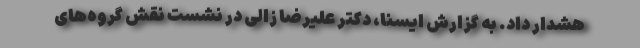
هشدار داد. به گزارش ایسنا، دکتر علیرضا زالی در نشست نقش گروه‌های